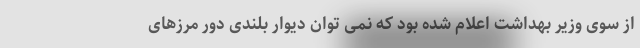
از سوی وزیر بهداشت اعلام شده بود که نمی توان دیوار بلندی دور مرزهای